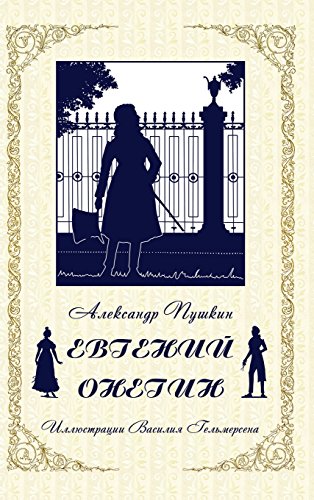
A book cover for Eugene Onegin (Russian Edition); Alexander Pushkin; Literature & Fiction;